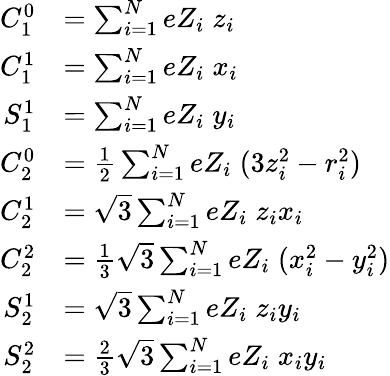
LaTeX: {\begin{array}{rl}{C_{1}^{0}}&{=\sum_{i=1}^{N}eZ_{i}\; z_{i}}\\ {C_{1}^{1}}&{=\sum_{i=1}^{N}eZ_{i}\; x_{i}}\\ {S_{1}^{1}}&{=\sum_{i=1}^{N}eZ_{i}\; y_{i}}\\ {C_{2}^{0}}&{={\frac{1}{2}}\sum_{i=1}^{N}eZ_{i}\; (3z_{i}^{2}-r_{i}^{2})}\\ {C_{2}^{1}}&{={\sqrt{3}}\sum_{i=1}^{N}eZ_{i}\; z_{i}x_{i}}\\ {C_{2}^{2}}&{={\frac{1}{3}}{\sqrt{3}}\sum_{i=1}^{N}eZ_{i}\; (x_{i}^{2}-y_{i}^{2})}\\ {S_{2}^{1}}&{={\sqrt{3}}\sum_{i=1}^{N}eZ_{i}\; z_{i}y_{i}}\\ {S_{2}^{2}}&{={\frac{2}{3}}{\sqrt{3}}\sum_{i=1}^{N}eZ_{i}\; x_{i}y_{i}}\end{array}}